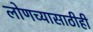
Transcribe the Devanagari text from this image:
लोणच्यासाठीही